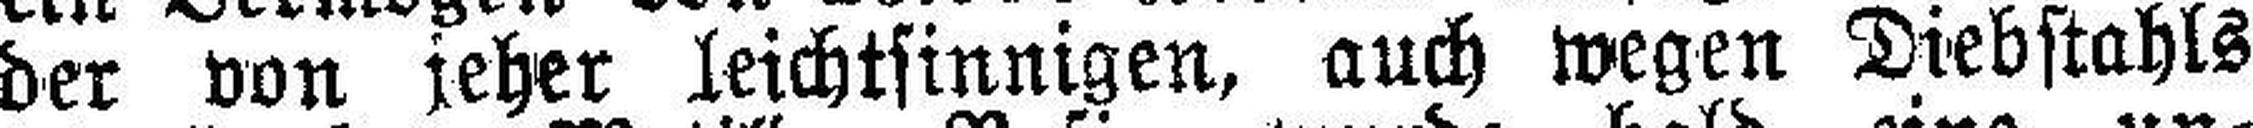
der von jeher leichtsinnigen, auch wegen Diebstahls